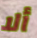
ألا